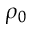
\rho _ { 0 }